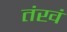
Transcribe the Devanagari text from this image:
तंखं